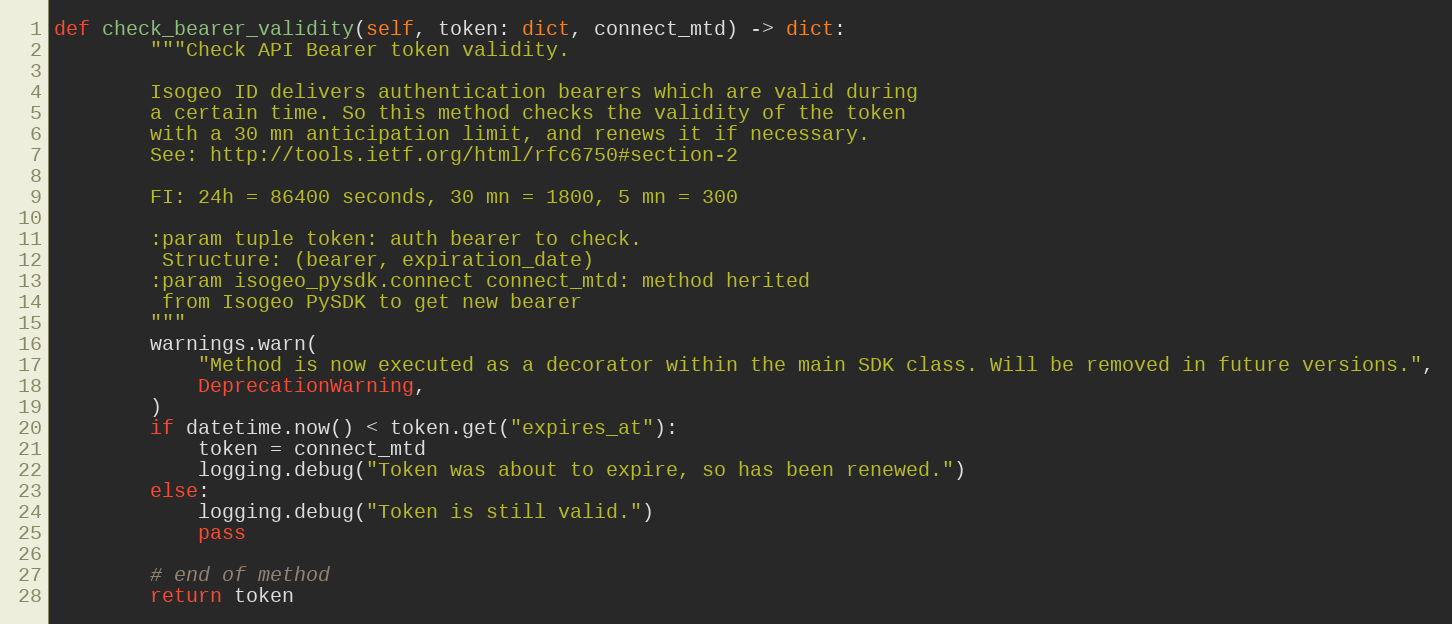
Language: Python
def check_bearer_validity(self, token: dict, connect_mtd) -> dict:
        """Check API Bearer token validity.

        Isogeo ID delivers authentication bearers which are valid during
        a certain time. So this method checks the validity of the token
        with a 30 mn anticipation limit, and renews it if necessary.
        See: http://tools.ietf.org/html/rfc6750#section-2

        FI: 24h = 86400 seconds, 30 mn = 1800, 5 mn = 300

        :param tuple token: auth bearer to check.
         Structure: (bearer, expiration_date)
        :param isogeo_pysdk.connect connect_mtd: method herited
         from Isogeo PySDK to get new bearer
        """
        warnings.warn(
            "Method is now executed as a decorator within the main SDK class. Will be removed in future versions.",
            DeprecationWarning,
        )
        if datetime.now() < token.get("expires_at"):
            token = connect_mtd
            logging.debug("Token was about to expire, so has been renewed.")
        else:
            logging.debug("Token is still valid.")
            pass

        # end of method
        return token